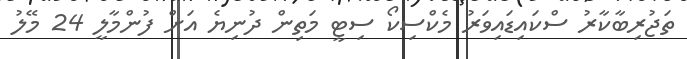
ތަޖުރިބާކާރު ސްކައިޑައިވަރު މެކްސިކޯ ސިޓީ މަތިން ދުނިޔެ އަށް ފުންމާލީ 24 މޭލު